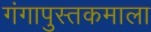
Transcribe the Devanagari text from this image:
गंगापुस्तकमाला